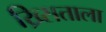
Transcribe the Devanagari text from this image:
ख्र्सिताला